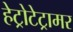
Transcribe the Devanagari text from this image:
हेट्रोटेट्रामर